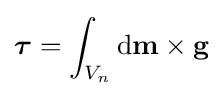
{\boldsymbol {\tau }}=\int _{V_{n}}\mathrm {d} \mathbf {m} \times \mathbf {g} \,\!